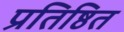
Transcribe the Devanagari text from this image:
प्रतिष्ठित